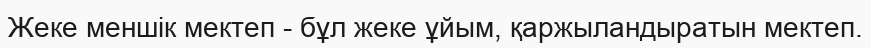
Жеке меншік мектеп - бұл жеке ұйым, қаржыландыратын мектеп.